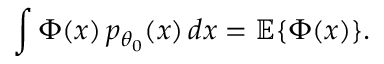
\int \Phi ( x ) \, p _ { \theta _ { 0 } } ( x ) \, d x = { \mathbb E } \{ \Phi ( x ) \} .